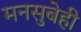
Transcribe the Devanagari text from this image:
मनसुबेही